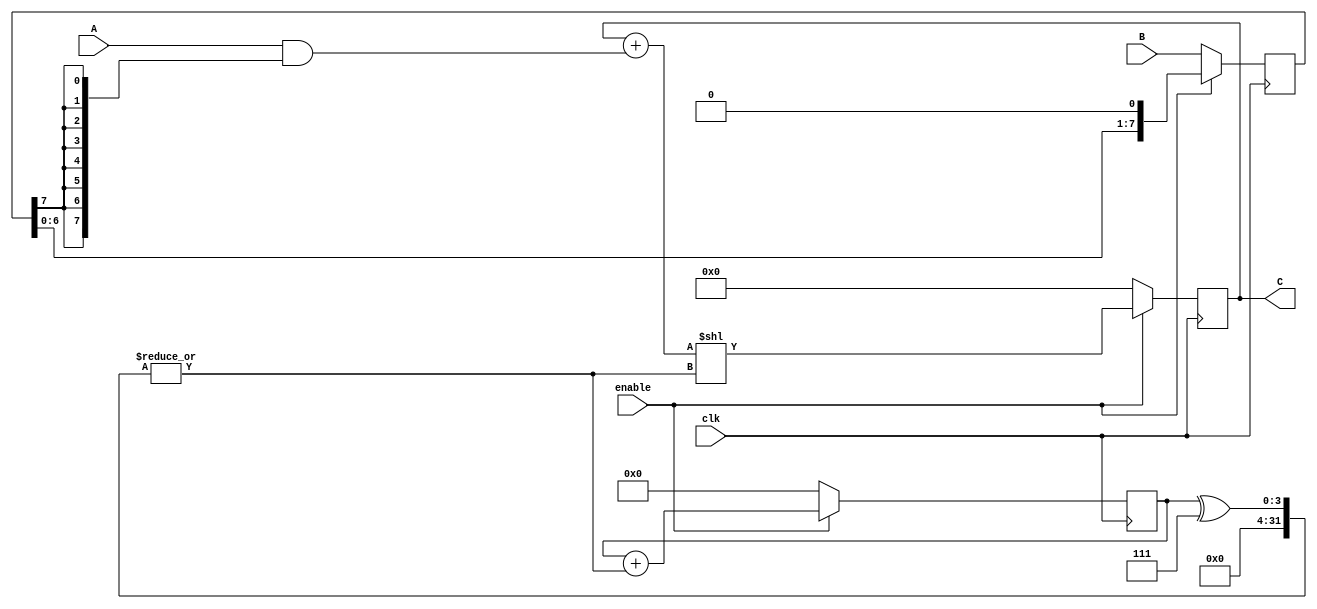
`timescale 1ns / 1ps
//////////////////////////////////////////////////////////////////////////////////
// Company: 
// Engineer: 
// 
// Design Name: 
// Module Name: SeqMultiplier
// Project Name: 
// Target Devices: 
// Tool Versions: 
// Description: 
// 
// Dependencies: 
// 
// Revision:
// Revision 0.01 - File Created
// Additional Comments:
// 
//////////////////////////////////////////////////////////////////////////////////


module SeqMultiplier(input wire clk, input wire enable,
    input wire [7:0] A, input wire [7:0] B,
    output wire [15:0] C);
    reg [15:0] prod;
    reg [7:0] mult;
    reg [3:0] counter;
    wire shift;
    assign C = prod;
    assign shift = |(counter^7);
    always @(posedge clk) begin
        if (!enable) begin
            mult <= B;
            prod <= 0;
            counter <= 0;
        end
        else begin
            mult <= mult << 1;
            prod <= (prod + (A & {8{mult[7]}})) << shift;
            counter <= counter + shift;
        end
    end
endmodule